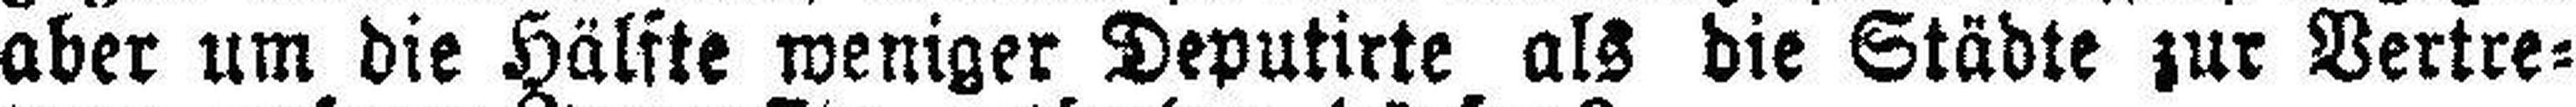
aber um die Hälfte weniger Deputirte als die Städte zur Vertre¬